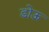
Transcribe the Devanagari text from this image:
डोऊ